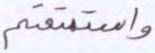
واستمتعتم